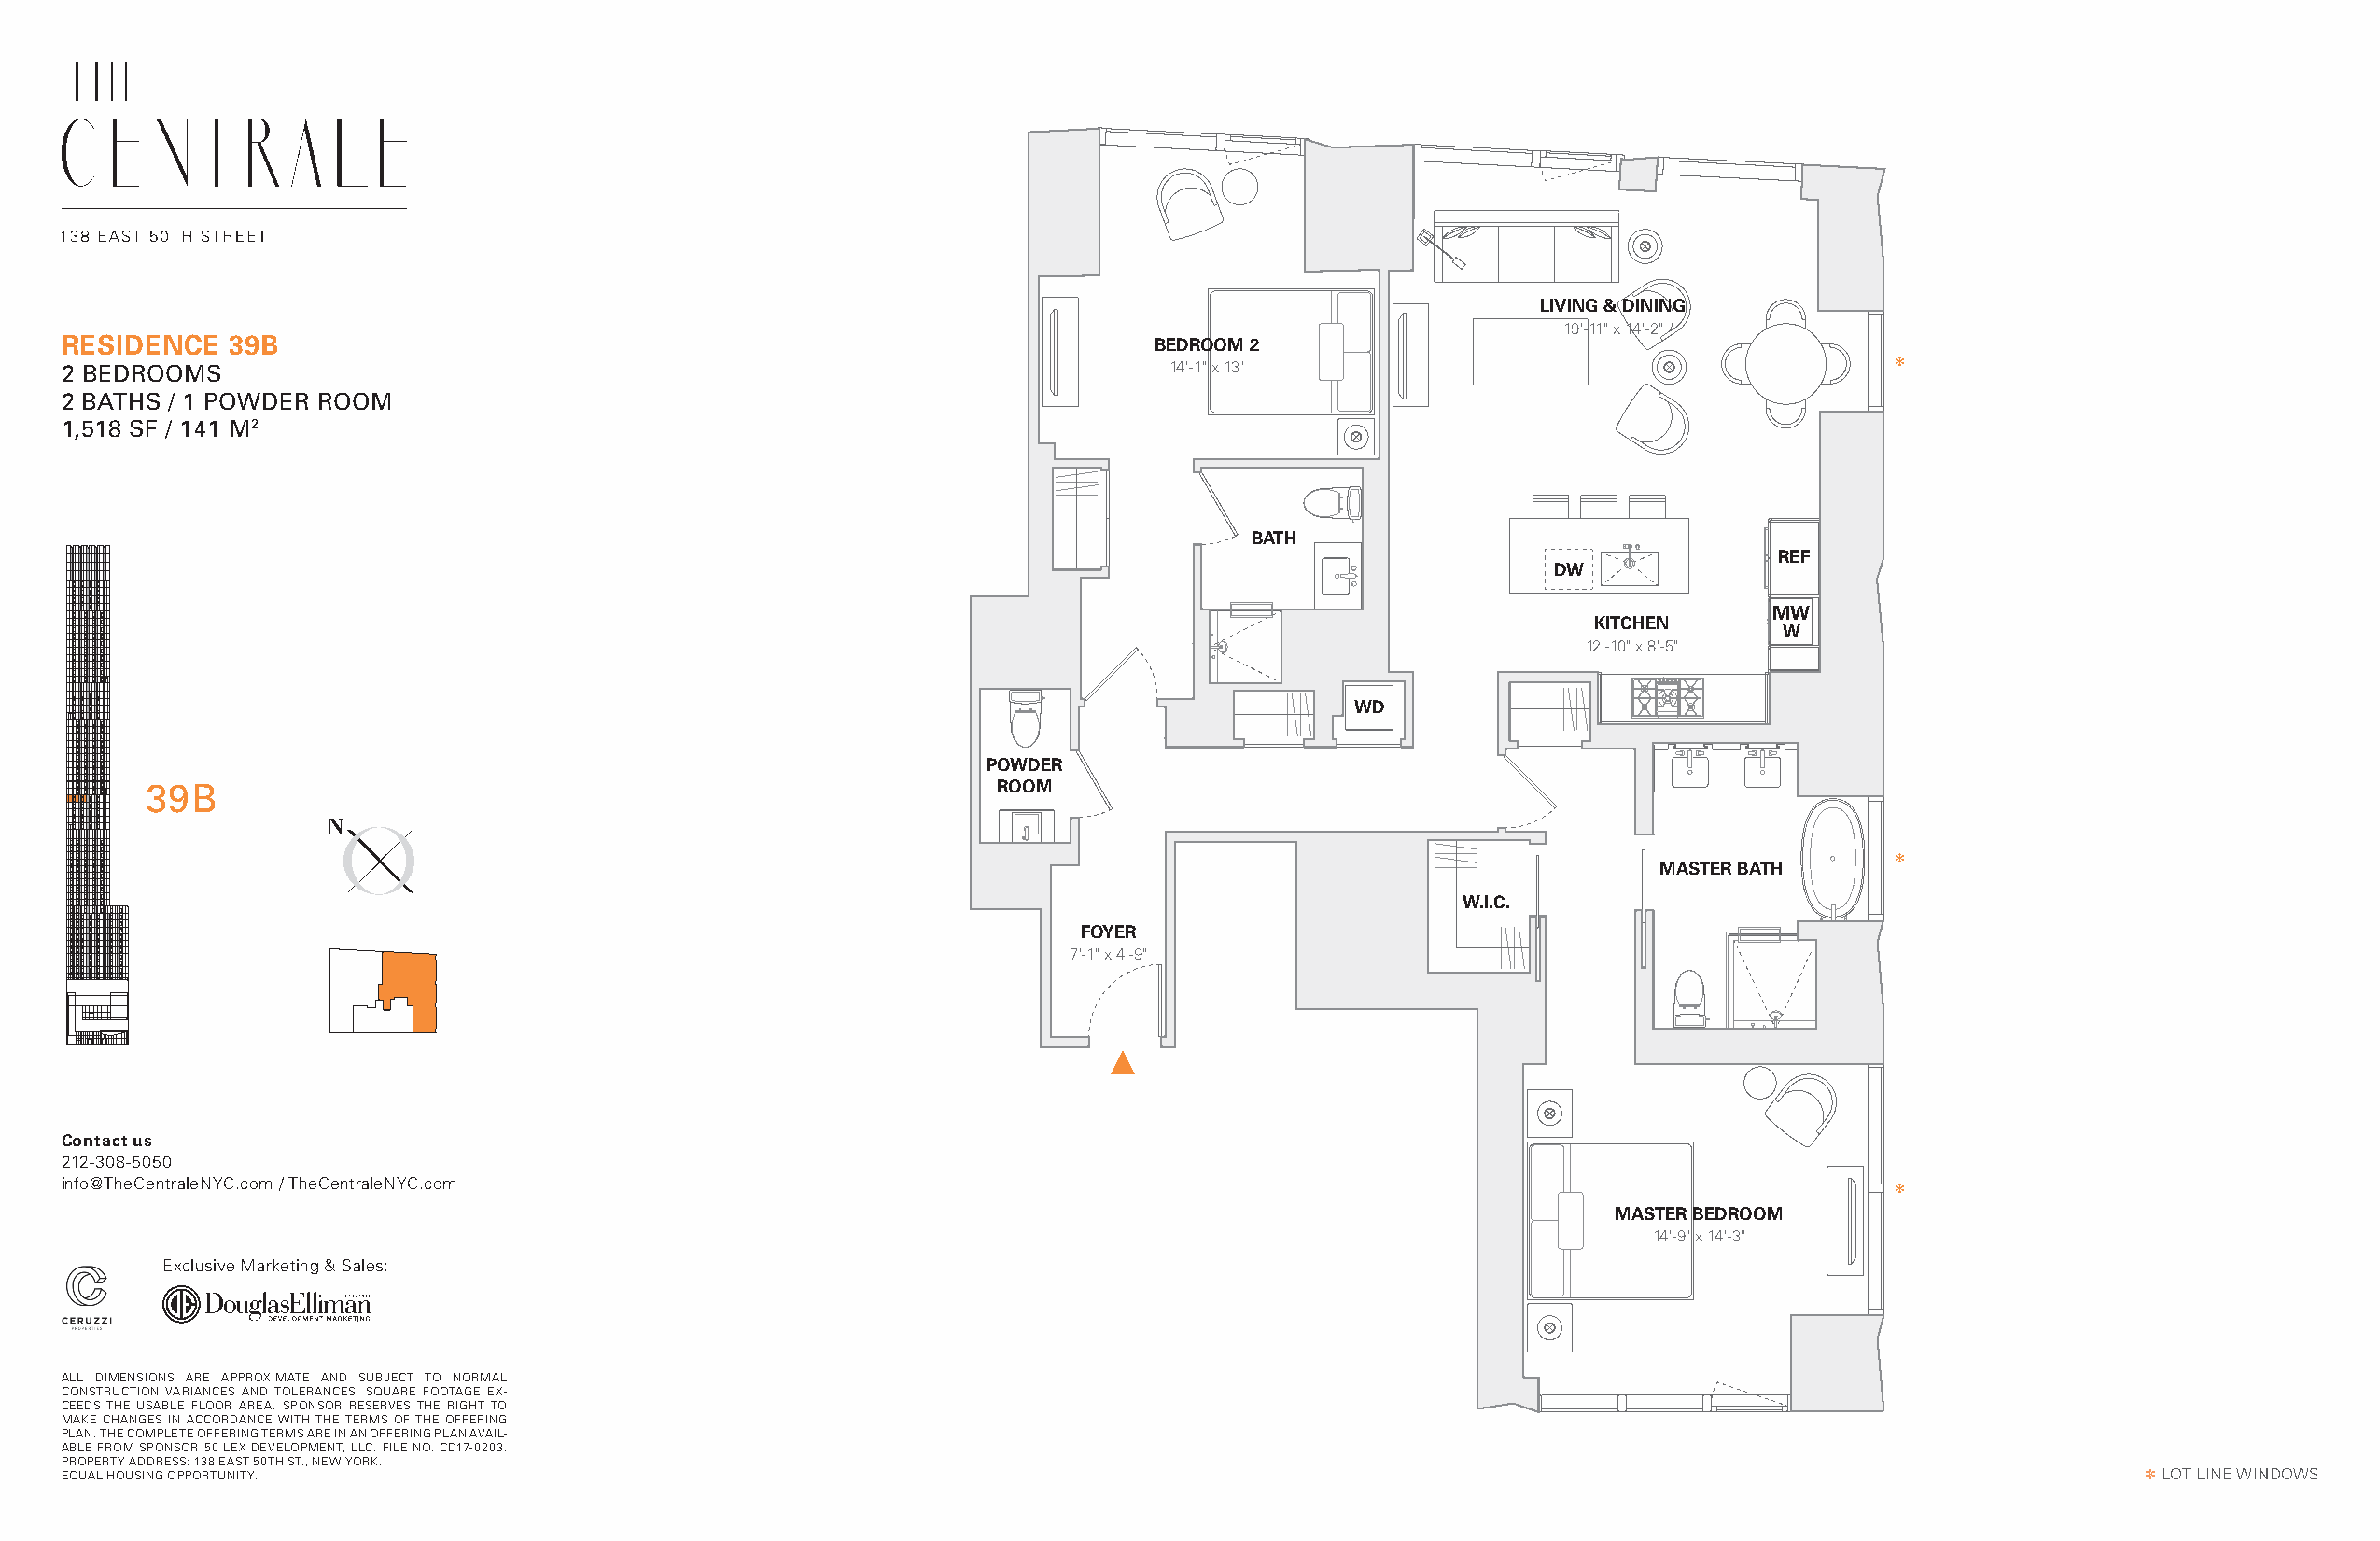
LIVING & DINING
 19'-11" x 14'-2"
 RESIDENCE   39B                                                               BEDROOM 2
 2 BEDROOMS                                                                     14'-1" x 13'                                       *
 2 BATHS / 1 POWDER ROOM
 1,518 SF / 141 M2
 BATH
 REF
 DW
 MW
 KITCHEN
 W
 12'-10" x 8'-5"
 WD
 POWDER
 39B                                                          ROOM
 N
 *
 MASTER BATH
 W.I.C.
 FOYER
 7'-1" x 4'-9"
 Contact us
 212-308-5050
 info@TheCentraleNYC.com / TheCentraleNYC.com
 *
 MASTER BEDROOM
 14'-9" x 14'-3"
 Exclusive Marketing & Sales:
 ALL DIMENSIONS ARE APPROXIMATE AND SUBJECT TO NORMAL
 CONSTRUCTION VARIANCES AND TOLERANCES. SQUARE FOOTAGE EX-
 CEEDS THE USABLE FLOOR AREA. SPONSOR RESERVES THE RIGHT TO
 MAKE CHANGES IN ACCORDANCE WITH THE TERMS OF THE OFFERING
 PLAN. THE COMPLETE OFFERING TERMS ARE IN AN OFFERING PLAN AVAIL-
 ABLE FROM SPONSOR 50 LEX DEVELOPMENT, LLC. FILE NO. CD17-0203.
 PROPERTY ADDRESS: 138 EAST 50TH ST., NEW YORK.
 EQUAL HOUSING OPPORTUNITY.                                                                                                                          * LOT LINE WINDOWS